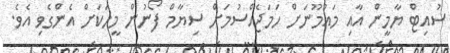
ސުއިޓް ޔާމީން އާއި މައުމޫނަށް ހަމަޖެއްސުމަށް ސިޔާމް ފޯނުން މީހަކަށް އެންގެވި އެވެ.